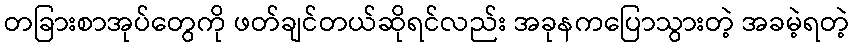
တခြားစာအုပ်တွေကို ဖတ်ချင်တယ်ဆိုရင်လည်း အခုနကပြောသွားတဲ့ အခမဲ့ရတဲ့